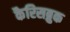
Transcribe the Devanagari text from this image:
कैरिसब्रुक